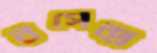
নগেন্দ্র